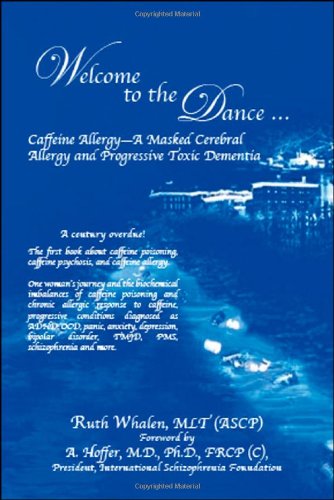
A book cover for Welcome to the Dance: Caffeine Allergy - A Masked Cerebral Allergy and Progressive Toxic          Dementia; Ruth Whalen; Health, Fitness & Dieting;